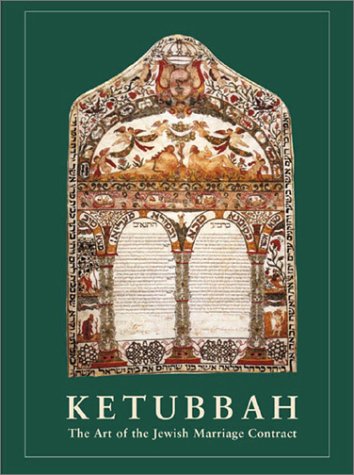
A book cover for Ketubbah: The Art of the Jewish Marriage Contract; Shalom Sabar; Crafts, Hobbies & Home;